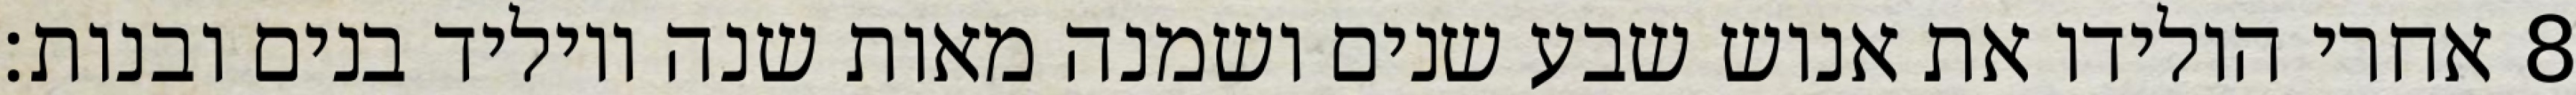
אחרי הולידו את אנוש שבע שנים ושמנה מאות שנה ויוליד בנים ובנות׃ ‎8‏